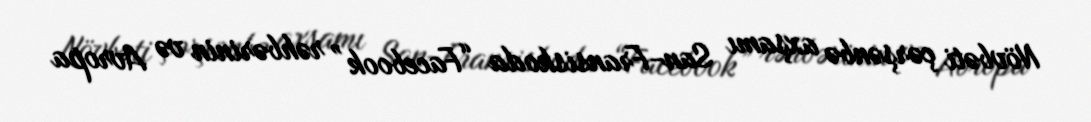
Növbəti çərşənbə axşamı San-Fransiskoda “Facebook” rəhbərinin və Avropa